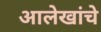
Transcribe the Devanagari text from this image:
आलेखांचे